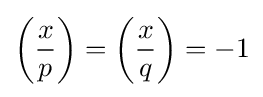
\left({\frac {x}{p}}\right)=\left({\frac {x}{q}}\right)=-1